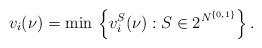
LaTeX: \begin{align*}v_i(\nu) = \min \, \left\{v_i^S(\nu): S \in 2^{N^{\{0, 1\}}}\right\}.\end{align*}